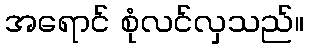
အရောင် စုံလင်လှသည်။